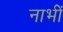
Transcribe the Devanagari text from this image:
नाभीं